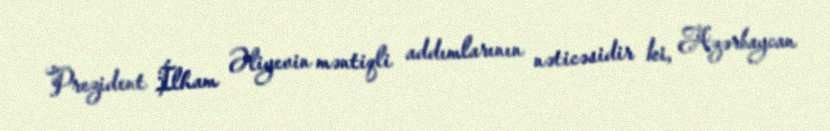
Prezident İlham Əliyevin məntiqli addımlarının nəticəsidir ki, Azərbaycan